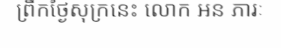
ព្រឹកថ្ងៃសុក្រនេះ លោក អន ភារៈ